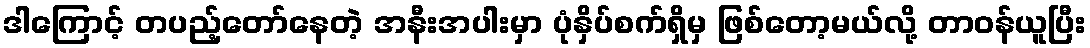
ဒါကြောင့် တပည့်တော်နေတဲ့ အနီးအပါးမှာ ပုံနှိပ်စက်ရှိမှ ဖြစ်တော့မယ်လို့ တာဝန်ယူပြီး